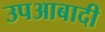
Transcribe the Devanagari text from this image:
उपआबादी